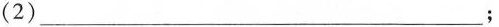
(2)___；